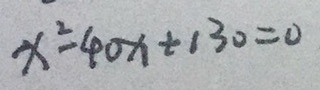
x ^ { 2 } - 4 0 x + 1 3 0 = 0